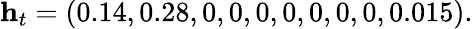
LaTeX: \mathbf{h}_{t}=(0.14,0.28,0,0,0,0,0,0,0,0.015).